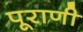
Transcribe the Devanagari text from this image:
पूराणी